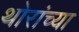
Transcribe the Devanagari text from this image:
थोरांच्या